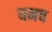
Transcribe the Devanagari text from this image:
धनच